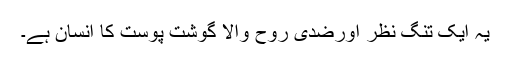
یہ ایک تنگ نظر اورضدی روح والا گوشت پوست کا انسان ہے۔